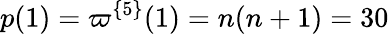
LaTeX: p(1)=\varpi^{\{ 5\} }(1)=n(n+1)=30